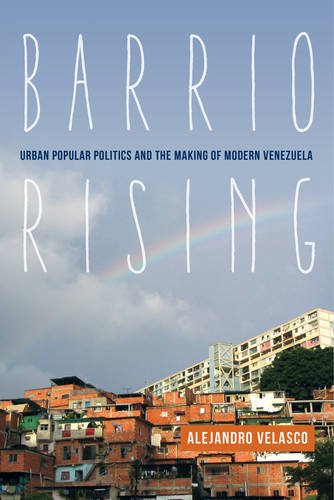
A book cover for Barrio Rising: Urban Popular Politics and the Making of Modern Venezuela; Prof. Alejandro Velasco; History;